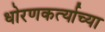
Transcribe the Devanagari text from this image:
धोरणकर्त्याच्या